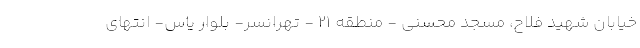
خیابان شهید فلاح، مسجد محسنی - منطقه ۲۱ - تهرانسر- بلوار یاس- انتهای